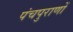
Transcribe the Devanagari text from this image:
पंचपुराणों